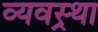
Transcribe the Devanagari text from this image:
व्यवस्र्था